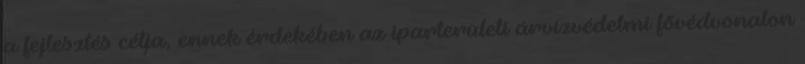
a fejlesztés célja, ennek érdekében az iparterületi árvízvédelmi fõvédvonalon